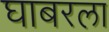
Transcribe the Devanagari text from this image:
घाबरला